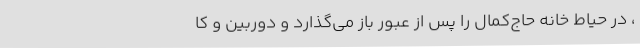
، درِ حیاط خانه حاج‌کمال را پس از عبور باز می‌گذارد و دوربین و کا